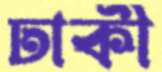
ঢাকী